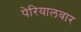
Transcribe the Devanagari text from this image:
पेरियालवार